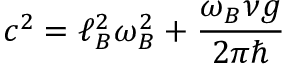
c ^ { 2 } = \ell _ { B } ^ { 2 } \omega _ { B } ^ { 2 } + \frac { \omega _ { B } \nu g } { 2 \pi \hbar }